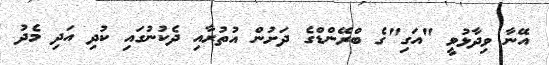
އޭނާ ވިދާޅުވީ "އަގި"ގެ ބްރޭންޑްގެ ދަށުން އުތުރާއި ދެކުނުގައި ކުދި އަދި މެދު